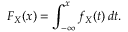
F _ { X } ( x ) = \int _ { - \infty } ^ { x } f _ { X } ( t ) \, d t .